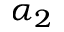
\alpha _ { 2 }